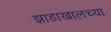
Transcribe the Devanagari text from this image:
झाडाखालच्या